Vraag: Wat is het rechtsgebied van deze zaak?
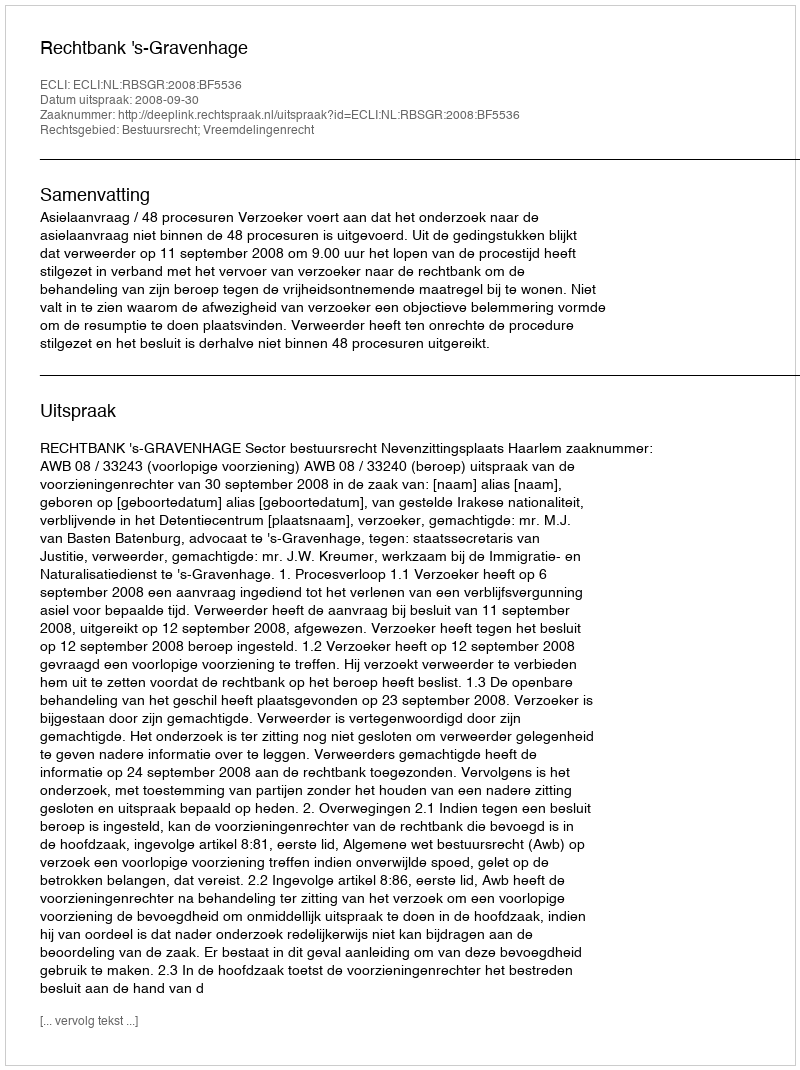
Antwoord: Bestuursrecht; Vreemdelingenrecht